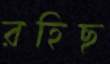
রহিছ